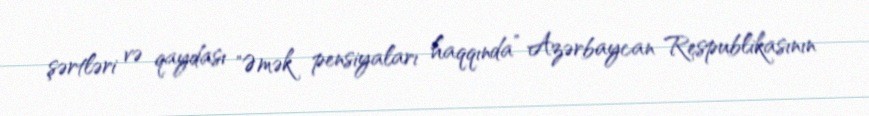
şərtləri və qaydası "Əmək pensiyaları haqqında” Azərbaycan Respublikasının